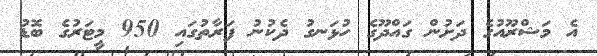
އެ މަޝްރޫއުގެ ދަށުން ގައްދޫގެ ހުޅަނގު ދެކުނު ފަރާތުގައި 950 މީޓަރުގެ ބޮޑު